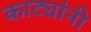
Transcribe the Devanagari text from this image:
काट्यांनी